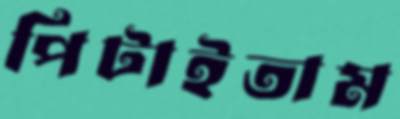
পিটাইতাম